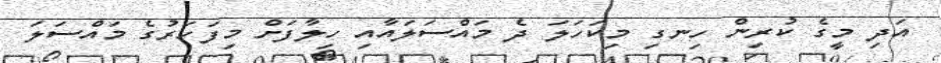
އަދި މީގެ ކުރިން ހިނގި މިކަހަލަ ދެ މައްސަލައާއި ހިލާފަށް މިފަހަރުގެ މައްސަލަ